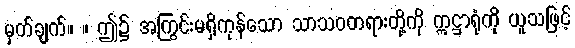
မှတ်ချက်။ ။ ဤ၌ အကြွင်းမရှိကုန်သော သာသဝတရားတို့ကို ဣဋ္ဌာရုံကို ယူသဖြင့်